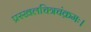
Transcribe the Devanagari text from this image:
प्रस्खलचित्रचंक्रमः।